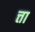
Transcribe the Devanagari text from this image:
त्ता